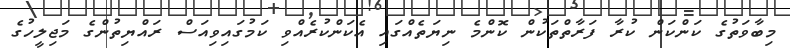
މިބާވަތުގެ ކަންކަން ކުރާ ފަރާތްތަކުން ކޮންމެ ނިޔަތެއްގައި އެކަންކުރެއްވި ކަމުގައިވިއަސް ރައްޔިތުންގެ މަޖިލީހުގެ